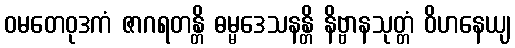
ဝမတေဝုဒကံ ဇာဂရတန္တိ ဓမ္မဒေသနန္တိ နိဗ္ဗာနသုတ္တံ ဝိဟနေယျ